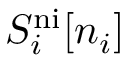
S _ { i } ^ { \mathrm { n i } } [ n _ { i } ]